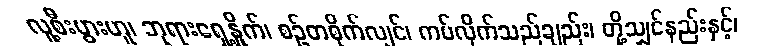
လူ့စီးပွားဟူ၊ ဘုရားရှေ့နှိုက်၊ စဉ်တစိုက်လျှင်၊ ကပ်လိုက်သည်ချည်း၊ တို့သျှင်နည်းနှင့်၊